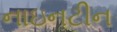
નાઇનટીન